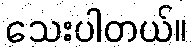
သေးပါတယ်။